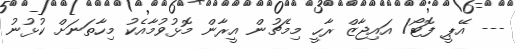
--- އޭޕީ ފޮޓޯ/ އައިޖާޒް ރާހީ މިމެޗުން އީރާން މޮޅުވުމާއެކު މިހާތަނަށް ކުޅުނު